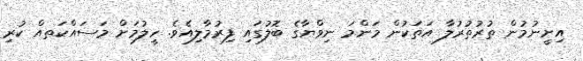
އިށީނުމުން ތުރުތުރުލާ އަތަކުން މަންމަ ނިވްޔާގެ ބޮލުގައި ފިރުމާލިއެވެ. ހީލުމަށް މަސައްކަތއް ކުރި